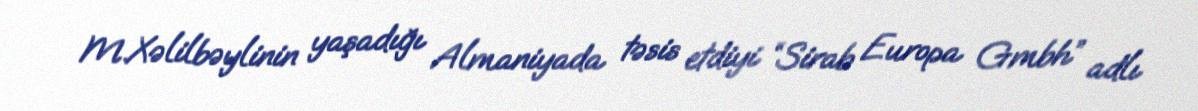
M.Xəlilbəylinin yaşadığı Almaniyada təsis etdiyi “Sirab Europa Gmbh” adlı